Report on vaccination North-West Frontier Province 1904-1922 - 1904-1922
Year: 1904
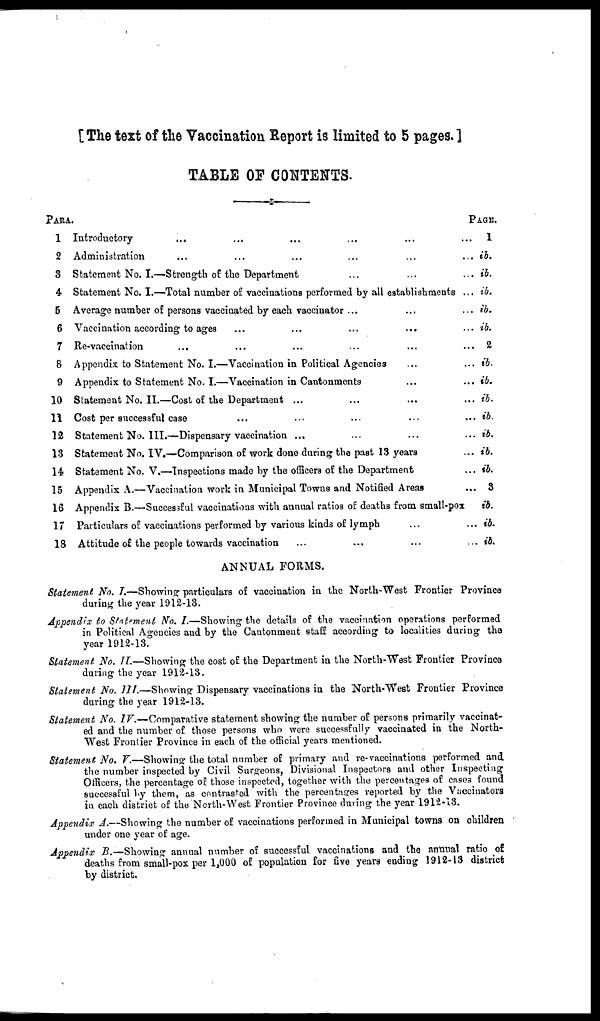
[The text of the Vaccination Report is limited to 5 pages. ]
TABLE OF CONTENTS.
PARA.
1
2
3
4
5
6
7
8
9
10
11
12
13
14
15
16
17
18
Introductory ... ... ... ... ... ...
Administration ... ... ... ... ... ...
Statement No. I.—Strength of the Department ... ... ...
Statement No. I.—Total number of vaccinations performed by all establishments ...
Average number of persons vaccinated by each vaccinator ... ... ...
Vaccination according to ages ... ... ... ... ...
Re-vaccination ... ... ... ... ... ...
Appendix to Statement No. I.—Vaccination in Political Agencies ... ...
Appendix to Statement No. I.—Vaccination in Cantonments ... ...
Statement No. II.—Cost of the Department ... ... ... ...
Cost per successful case ... ... ... ... ...
Statement No. III.—Dispensary vaccination ... ... ... ...
Statement No. IV.—Comparison of work done during the past 13 years ...
Statement No. V.—Inspections made by the officers of the Department ...
Appendix A.—Vaccination work in Municipal Towns and Notified Areas ...
Appendix B —Successful vaccinations with annual ratios of deaths from small-pox
Particulars of vaccinations performed by various kinds of lymph ... ...
Attitude of the people towards vaccination ... ... ... ...
PAGE.
1
ib.
ib.
ib.
ib.
ib.
2
ib.
ib.
ib.
ib.
ib.
ib.
ib.
3
ib.
ib.
ib.
ANNUAL FORMS.
Statement No. I.—Showing particulars of vaccination in the North-West Frontier Province
during the year 1912-13.
Appendix to Statement No. I.—Showing the details of the vaccination operations performed
in Political Agencies and by the Cantonment staff according to localities during the
year 1912-13.
Statement. No. II.—Showing the cost of the Department in the North-West Frontier Province
during the year 1912-13.
Statement No. III.—Showing Dispensary vaccinations in the North-West Frontier Province
during the year 1912-13.
Statement No. IV.—Comparative statement showing the number of persons primarily vaccinat-
ed and the number of those persons who were successfully vaccinated in the North-
West Frontier Province in each of the official years mentioned.
Statement No. V.—Showing the total number of primary and re-vaccinations performed and
the number inspected by Civil Surgeons, Divisional Inspectors and other Inspecting
Officers, the percentage of those inspected, together with the percentages of cases found
successful by them, as contrasted with the percentages reported by the Vaccinators
in each district of the North-West Frontier Province during the year 1912-13.
Appendix A.—Showing the number of vaccinations performed in Municipal towns on children
under one year of age.
Appendix B.—Showing annual number of successful vaccinations and the annual ratio of
deaths from small-pox per 1,000 of population for five years ending 1912-13 district
by district.